Vaccination in Bombay 1874-1876 - 1874-1876
Year: 1874
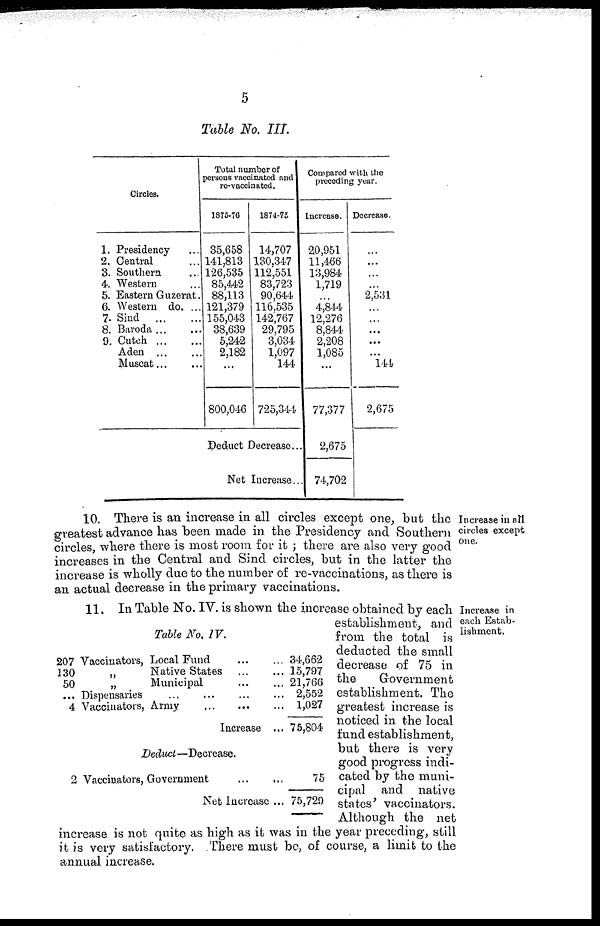
5
Table No. III.
Circles.
1. Presidency ...
2. Central ...
3. Southern ...
4. Western ...
5. Eastern Guzerat.
6. Western do. ...
7. Sind
...
...
8. Baroda ... ...
9. Cutch
...
...
Aden
...
...
Muscat...
...
Total number of
persons vaccinated and
re-vaccinated.
1870-76
35,658
141,813
126,535
85,442
88,113
121,379
155,043
38,639
5,242
2,182
...
800,046
1874-75
14,707
130,347
112,551
83,723
90,644
116,535
142,767
29,795
3,034
1,097
144
725,344
Deduct Decrease...
Net Increase...
Compared with the
preceding year.
Increase.
20,951
11,466
13,984
1,719
...
4,844
12,276
8,844
2,208
1,085
...
77,377
2,675
74,702
Decrease.
...
...
...
...
2,531
...
...
...
...
...
144
2,675
Increase in all
circles except
one.
10. There is an increase in all circles except one, but the
greatest advance has been made in the Presidency and Southern
circles, where there is most room for it ; there are also very good
increases in the Central and Sind circles, but in the latter the
increase is wholly due to the number of re-vaccinations, as there is
an actual decrease in the primary vaccinations.
Increase in
each Estab-
lishment.
Table No. IV.
207 Vaccinators, Local Fund
...
...
130
„
Native States
...
...
50
„
Municipal
...
...
... Dispensaries ... ... ...
4 Vaccinators, Army
...
...
...
Increase ...
Deduct—Decrease.
2 Vaccinators, Government
...
...
Net Increase ...
34,662
15,797
21,766
2,552
1,027
75,804
75
75,729
11. In Table No. IV. is shown the increase obtained by each
establishment, and
from the total is
deducted the small
decrease of 75 in
the
Government
establishment. The
greatest increase is
noticed in the local
fund establishment,
but there is very
good progress indi-
cated by the muni-
cipal and native
states' vaccinators.
Although the net
increase is not quite as high as it was in the year preceding, still
it is very satisfactory. There must be, of course, a limit to the
annual increase.